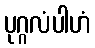
ပုဂ္ဂလံပါဟံ